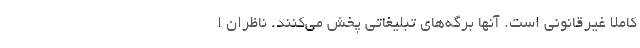
کاملا غیرقانونی است. آنها برگه‌های تبلیغاتی پخش می‌کنند. ناظران ا